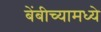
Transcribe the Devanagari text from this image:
बेंबीच्यामध्ये